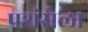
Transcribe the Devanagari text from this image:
प्रशंसेला